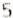
5